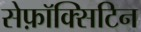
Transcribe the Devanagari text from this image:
सेफ़ॉक्सिटिन